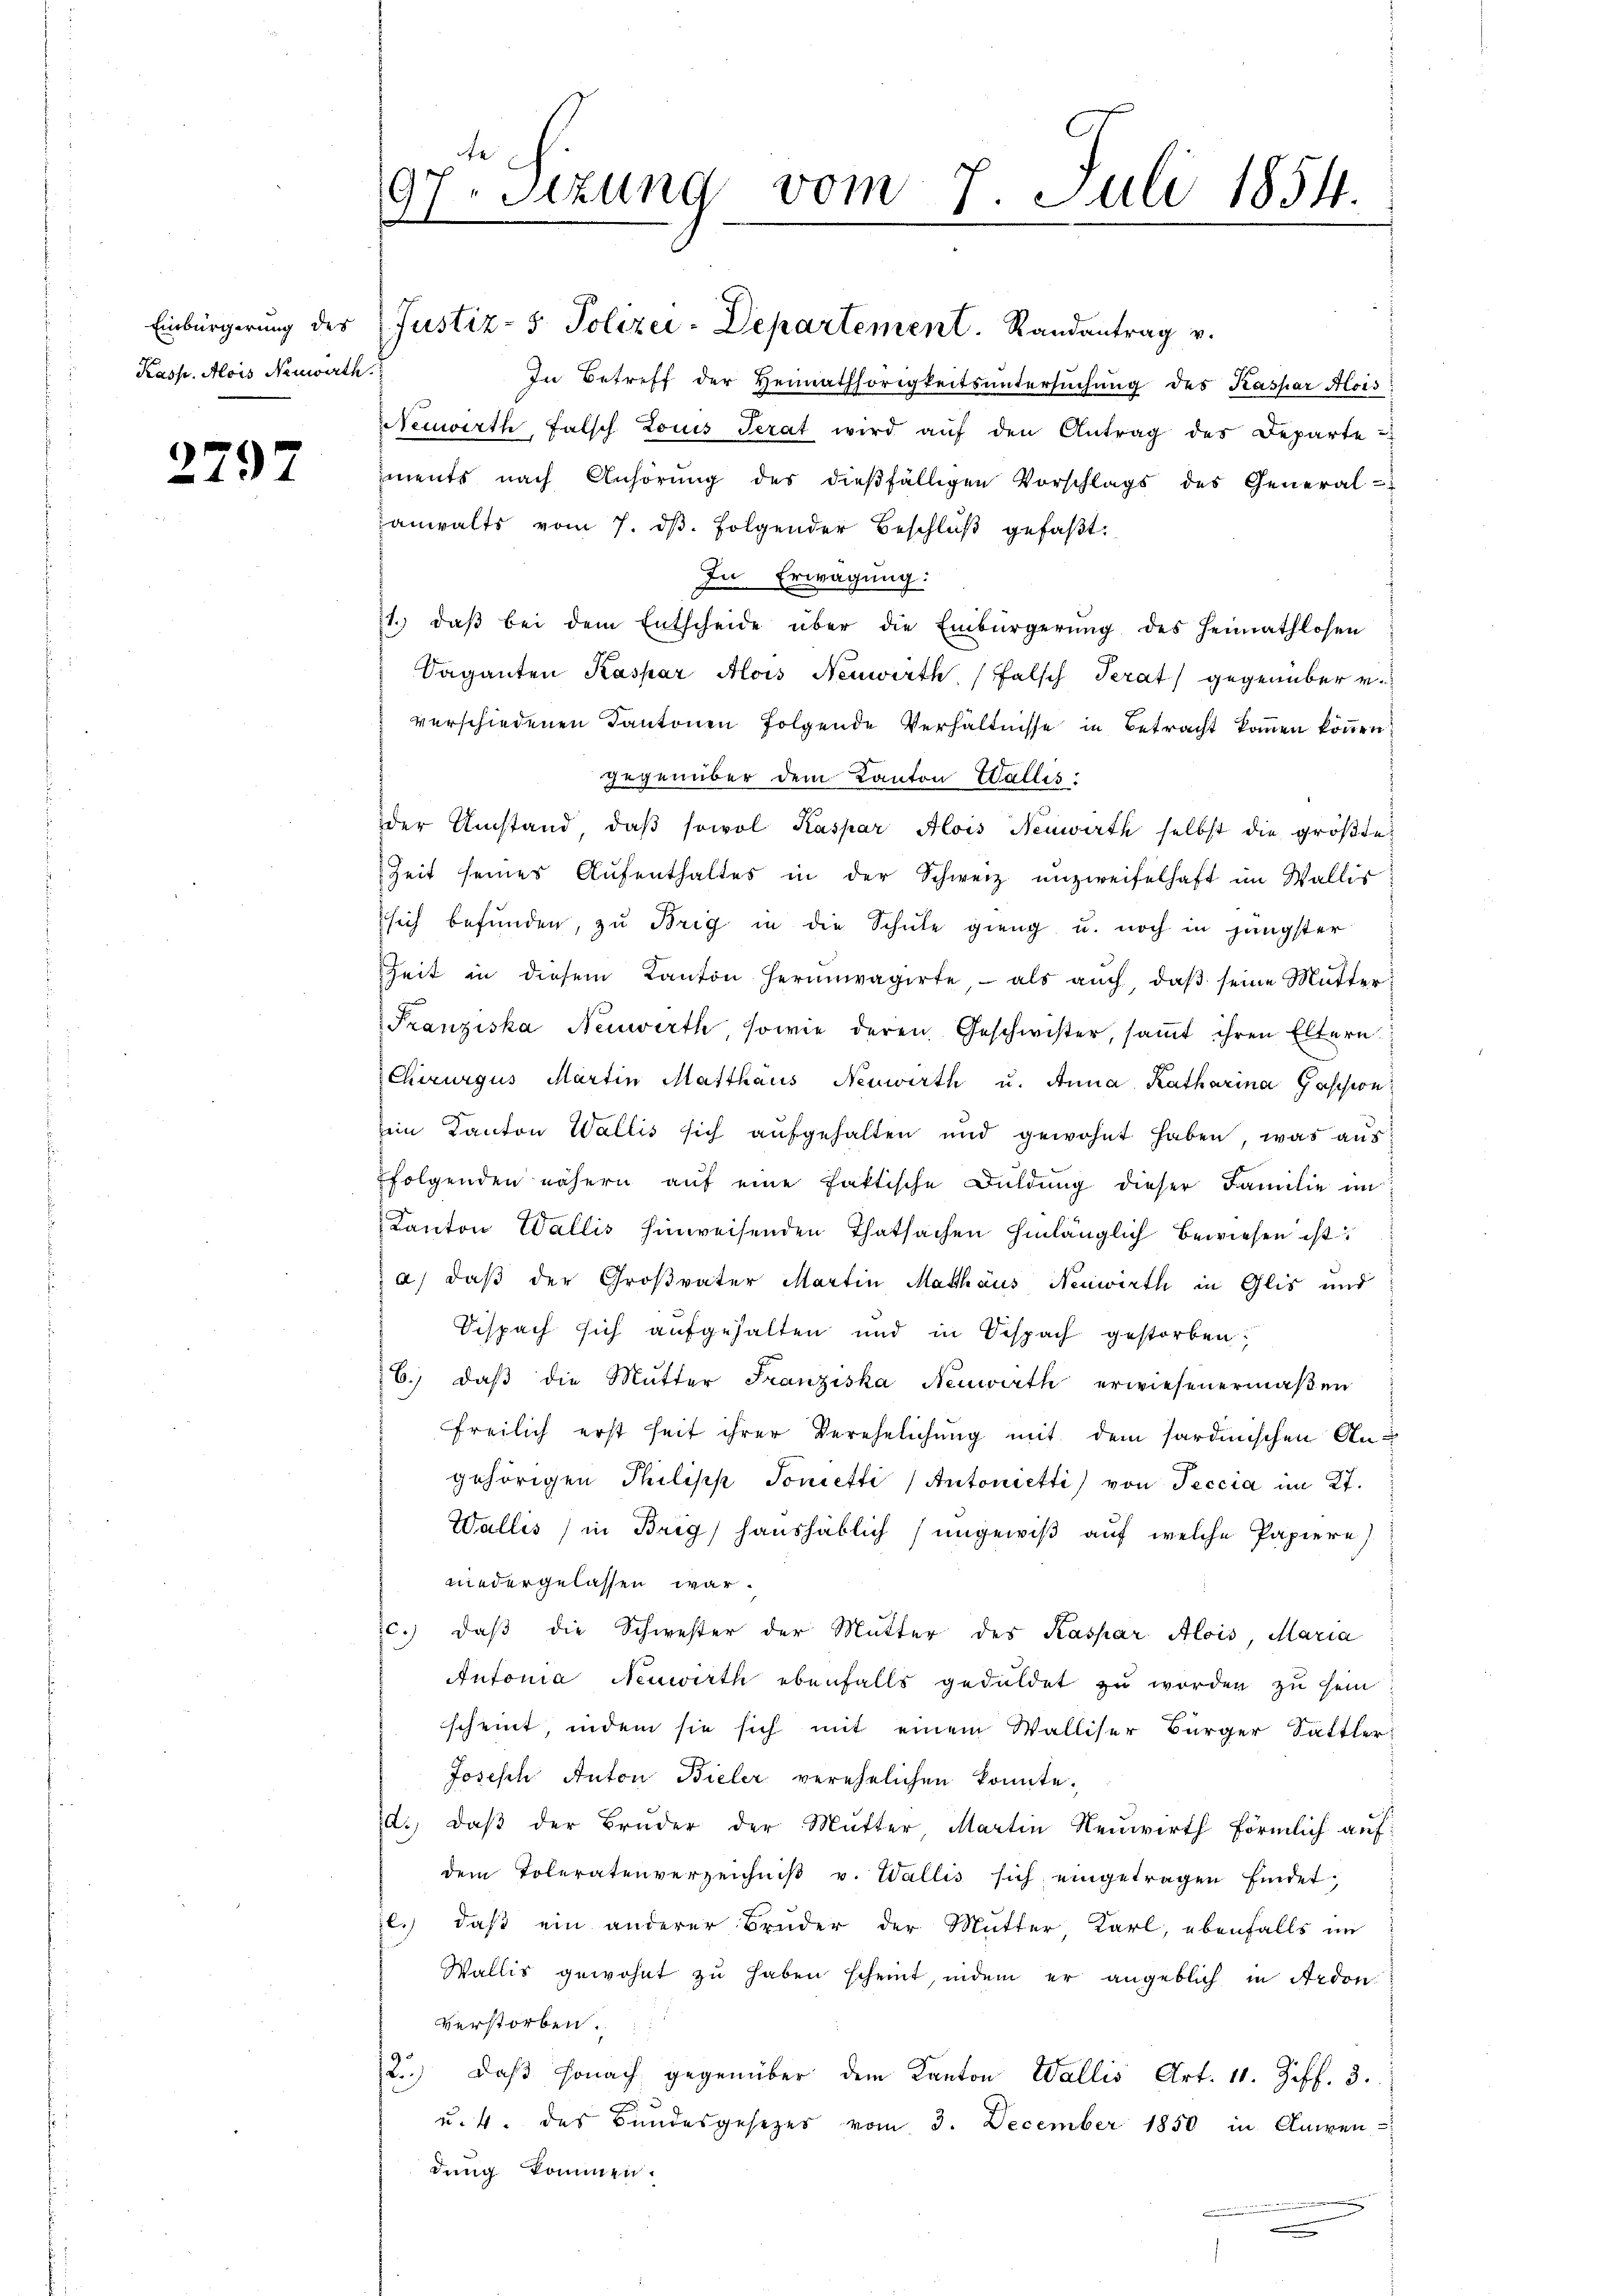
Kasse. Alois Neuwirth

2797

In Betreff der Heimathörigkeitsuntersuchung des Kaspar Alois
Neuwirth, falsch Louis Terat wird auf den Antrag des Departe
ments nach Anhörŭng des dießfälligen Vorschlags des General-
anwalts vom 7. ds. folgender Beschluß gefaßt:
In Erwägung:
71. daβ bei dem Entscheide über die Einbürgerung des Heimathlosen
Saganten Kaspar Alois Neuwirth, (Falsch Perat gegenüber v.
verschiedenen Kantonen folgende Verhältnisse in Betracht kommen können.
gegenüber dem Kanton Wallis:
der Umstand, daβ sowol Kaspar Alois Neuwirth selbst die größte
Zeit seines Aŭfenthaltes in der Schweiz unzweifelhaft im Wallis
sich befunden, zu Brig in die Schule gieng u. noch in jüngster
Zeit in diesem Kanton herumvagirte, als auch, daβ seine Mutter
Franziska Neuwirth, sowie deren Geschwister, samt ihren Eltern
Chirurgus Martin Matthaus Neuwirth u. Anna Katharina Gassion
sein Kanton Wallis sich aufgehalten und gewohnt haben, was aus:
folgenden nähern auf eine faktische Duldung dieser Familie an
Kanton Wallis hinweisenden Thatsachen hinlänglich bewiesen ist
a) daß der Großvater Martin Mathäus Neuwirth in Glis und
Sispach sich aufgehalten und in Bespach gestorben;
6. daβ die Mutter Franziska Neuwirth erwiesenermaßen
freilich erst heit ihrer Verehelichung mit dem sardinischen Angehörigen Philipp Tonetti /Antonietti) von Teccia im 27.
Wallis in Brig, haushäblich (ungewiß auf welche Papiere)
niedergelassen war.
c. daβ die Schwester der Mutter des Kaspar Alois, Maria
Antonia Neuwirth ebenfalls geduldet zu worden zu sein
scheint, indem sie sich mit einem Walliser Bürger Sattler
Joseph Anton Bieler verehelichen konnte.
d.) daß der Bruder der Mutter Martin Neuwirth förmlich auf
dem Toleratenverzeichniβ v. Wallis sich eingetragen findetl.) daß ein anderer Bruder der Mutter Karl, ebenfalls im
Wallis gewohnt zu haben scheint, indem er angeblich in Ardon
verstorben.
2.) Daß sonach gegenüber dem Kanton Wallis Art. 11. Ziff. 3.

u. 4. des Bundesgesetzes vom 3. December 1850 in Anwen-
dung kommen.

97. Sitzung vom 7. Juli 1854.
d
e

Einbürgerung des (Justiz- & Polizei-Departement. Randantrag v.